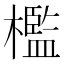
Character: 檻